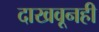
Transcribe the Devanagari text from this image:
दाखवूनही